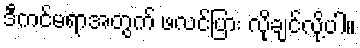
ဒီကင်မရာအတွက် ဖလင်ပြား လိုချင်လို့ပါ။